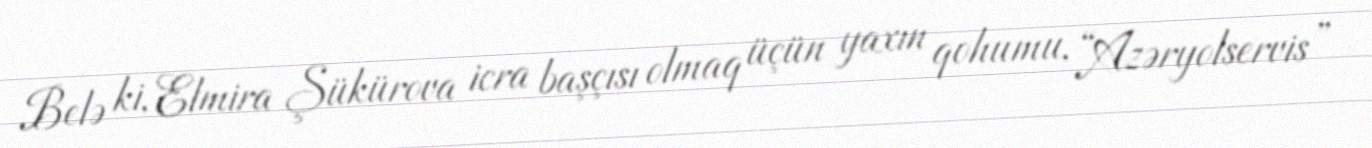
Belə ki, Elmira Şükürova icra başçısı olmaq üçün yaxın qohumu, “Azəryolservis”